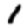
Digit: 1